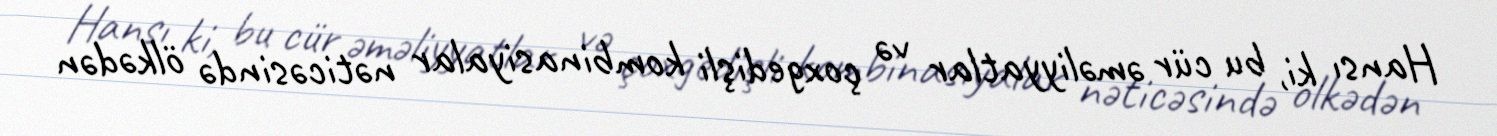
Hansı ki, bu cür əməliyyatlar və çoxgedişli kombinasiyalar nəticəsində ölkədən